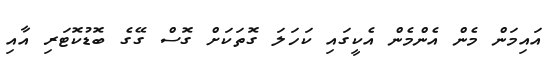
އައިމަން މެން އެންމެން އެކީގައި ކަހަލަ ގޮތަކަށް ގޮސް ގޭގެ ބޮޑުކޮޓަރި އާއި